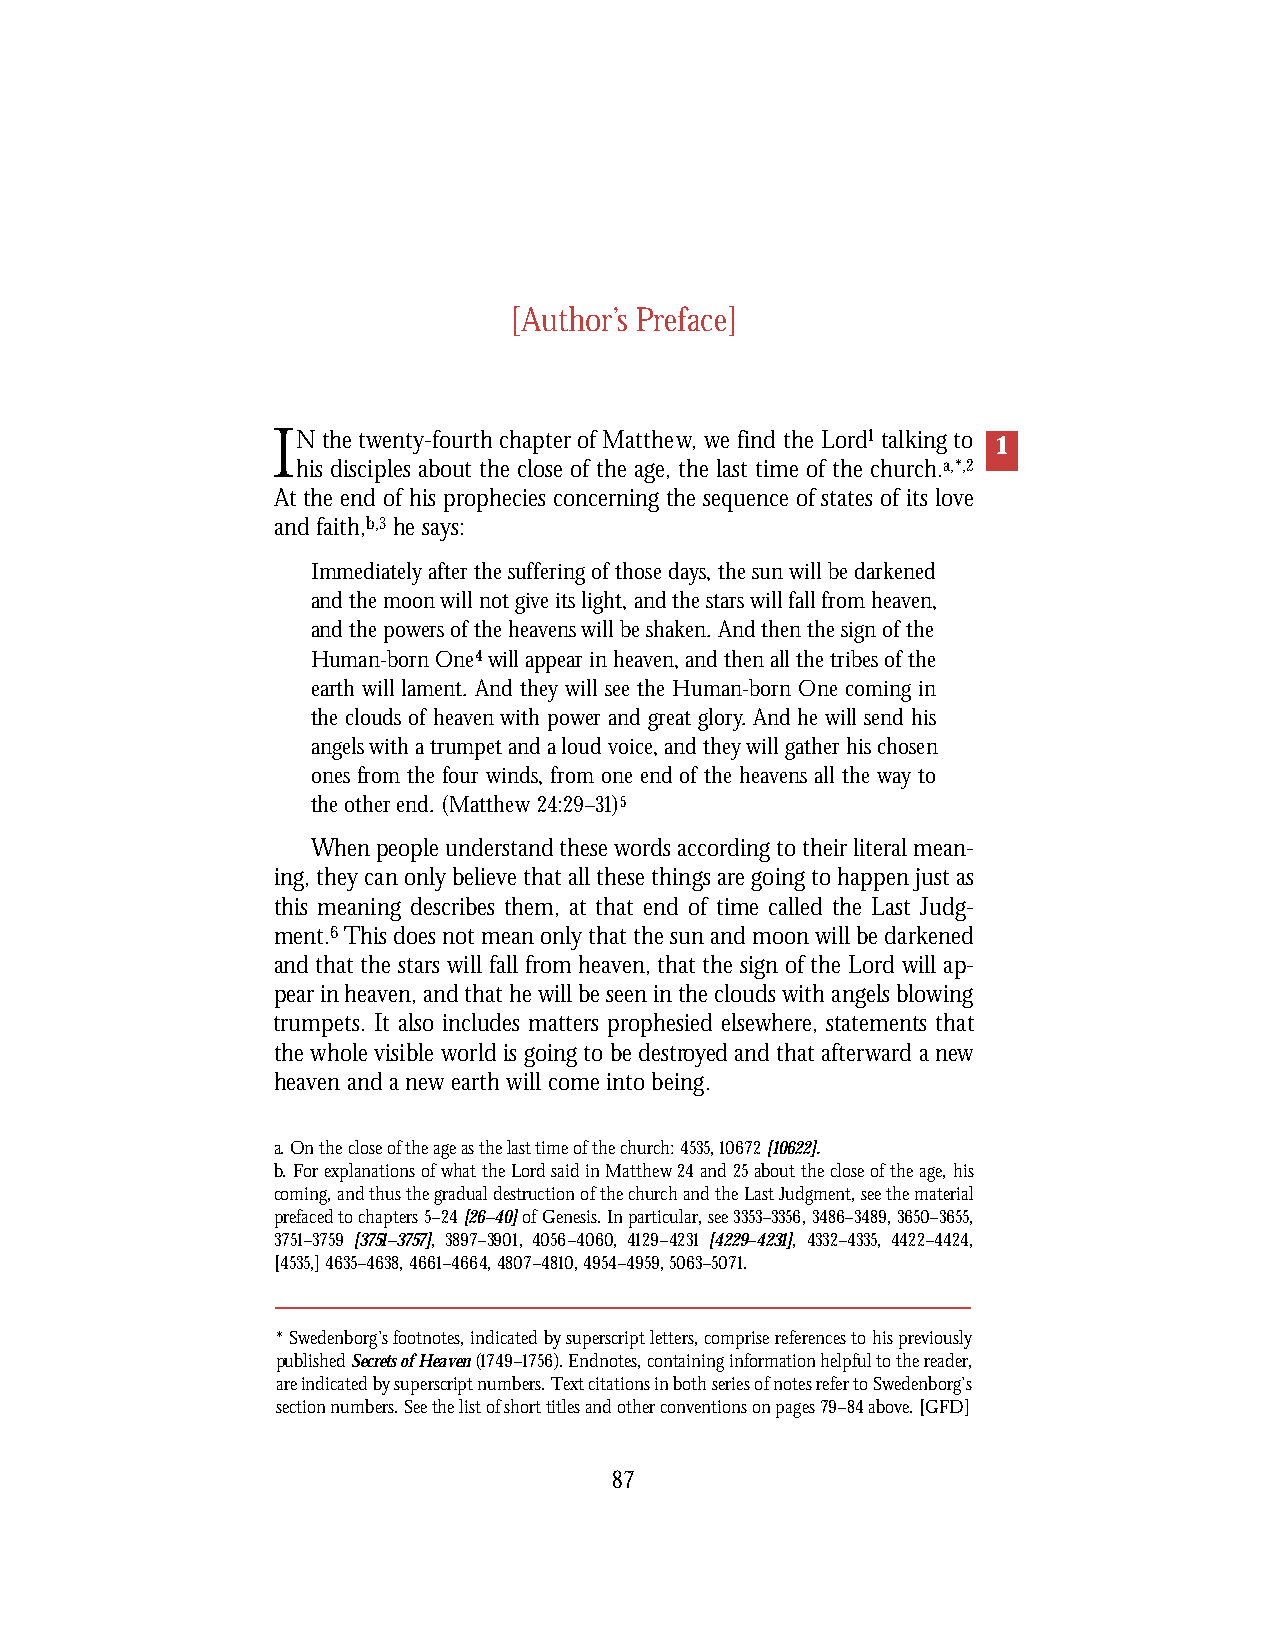
[Author’s Preface]
 IN the twenty-fourth chapter of Matthew, we find the Lord1 talking to
 1
 his disciples about the close of the age, the last time of the church.a,*,2
 At the end of his prophecies concerning the sequence of states of its love
 and faith,b,3 he says:
 Immediately after the suffering of those days, the sun will be darkened
 and the moon will not give its light, and the stars will fall from heaven,
 and the powers of the heavens will be shaken. And then the sign of the
 Human-born One4will appear in heaven, and then all the tribes of the
 earth will lament. And they will see the Human-born One coming in
 the clouds of heaven with power and great glory. And he will send his
 angels with a trumpet and a loud voice, and they will gather his chosen
 ones from the four winds, from one end of the heavens all the way to
 the other end. (Matthew 24:29–31)5
 When people understand these words according to their literal mean-
 ing, they can only believe that all these things are going to happen just as
 this meaning describes them, at that end of time called the Last Judg-
 ment.6This does not mean only that the sun and moon will be darkened
 and that the stars will fall from heaven, that the sign of the Lord will ap-
 pear in heaven, and that he will be seen in the clouds with angels blowing
 trumpets. It also includes matters prophesied elsewhere, statements that
 the whole visible world is going to be destroyed and that afterward a new
 heaven and a new earth will come into being.
 a. On the close of the age as the last time of the church: 4535, 10672[10622].
 b. For explanations of what the Lord said in Matthew 24and 25about the close of the age, his
 coming, and thus the gradual destruction of the church and the Last Judgment, see the material
 prefaced to chapters 5–24[26–40]of Genesis. In particular, see 3353–3356,3486–3489,3650–3655,
 3751–3759 [3751–3757], 3897–3901, 4056–4060, 4129–4231 [4229–4231], 4332–4335, 4422–4424,
 [4535,] 4635–4638, 4661–4664, 4807–4810, 4954–4959, 5063–5071.
 * Swedenborg’s footnotes, indicated by superscript letters, comprise references to his previously
 published Secrets of Heaven(1749–1756). Endnotes, containing information helpful to the reader,
 are indicated by superscript numbers. Text citations in both series of notes refer to Swedenborg’s
 section numbers. See the list of short titles and other conventions on pages 79–84above. [GFD]
 87